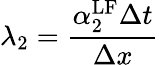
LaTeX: \lambda_{2}=\frac{\alpha_{2}^{\mathrm{{LF}}}\Delta t}{\Delta x}